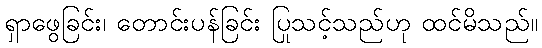
ရှာဖွေခြင်း၊ တောင်းပန်ခြင်း ပြုသင့်သည်ဟု ထင်မိသည်။